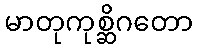
မာတုကုစ္ဆိဂတော